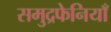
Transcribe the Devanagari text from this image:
समुद्रफेनियाँ